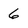
Character: 6